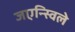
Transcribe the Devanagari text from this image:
जएन्स्विले